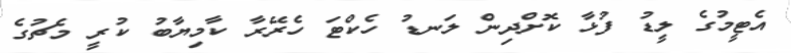
އެޓީމުގެ ލީޑު ފުޅާ ކޮށްދިން ލަނޑު ހެކްޓަ ހެރޭރާ ކާމިޔާބު ކުރީ މެޗުގެ